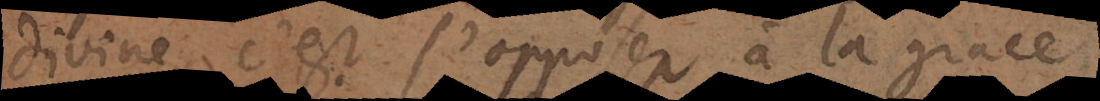
divine, c’est s’opposer à la grac